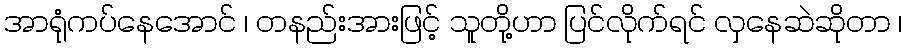
အာရုံကပ်နေအောင် ၊ တနည်းအားဖြင့် သူတို့ဟာ ပြင်လိုက်ရင် လှနေဆဲဆိုတာ ၊